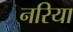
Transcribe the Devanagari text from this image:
नरिया